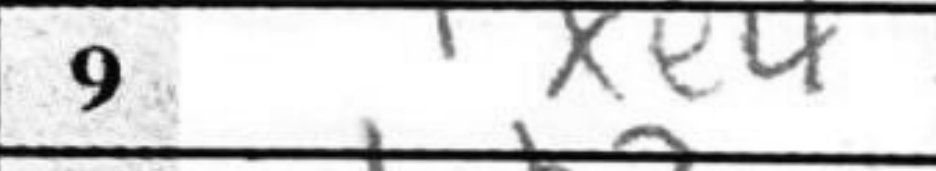
Transcription: Rxe4